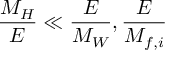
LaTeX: \frac { M _ { H } } { E } \ll \frac { E } { M _ { W } } , \frac { E } { M _ { f , i } }